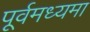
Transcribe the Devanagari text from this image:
पूर्वमध्यमा